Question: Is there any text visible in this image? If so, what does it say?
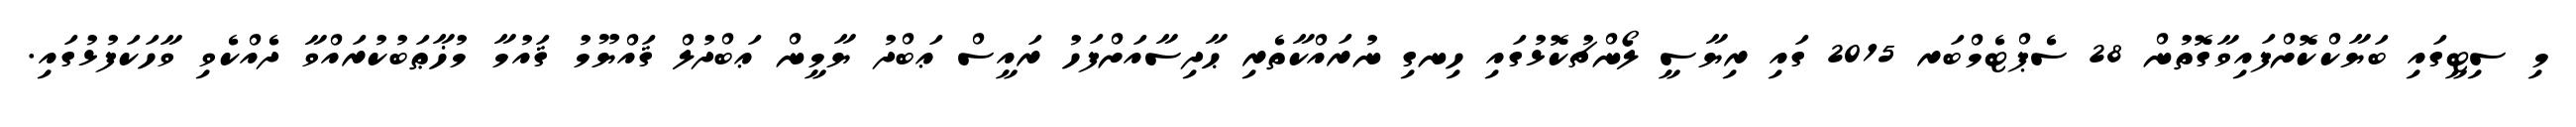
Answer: މި ސިޓީގައި ބަޔާކްކޮށްފައިވާގޮތުން 28 ސެޕްޓެމްބަރ 2015 ގައި ރިޔާސީ ލޯންޗުކޮޅުގައި ހިނގި ނުރައްކާތެރި ޙާދިސާއަށްފަހު ރައީސް ޢަބްދު ޔާމީން ޢަބްދުލް ޤައްޔޫމު ޤައުމާ މުޚާޠަބުކުރައްވާ ދެއްކެވި ވާހަކަފުޅުގައި.